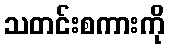
သတင်းစကားကို